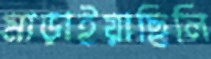
মাড়াইয়াছিলি